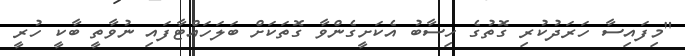
"މިފައިސާ ހަރަދުކުރި ގޮތުގެ ހިސާބު އެކަށީގެންވާ ގޮތަކަށް ބަލަހައްޓާފައި ނުވާތީ ބާކީ ހުރީ